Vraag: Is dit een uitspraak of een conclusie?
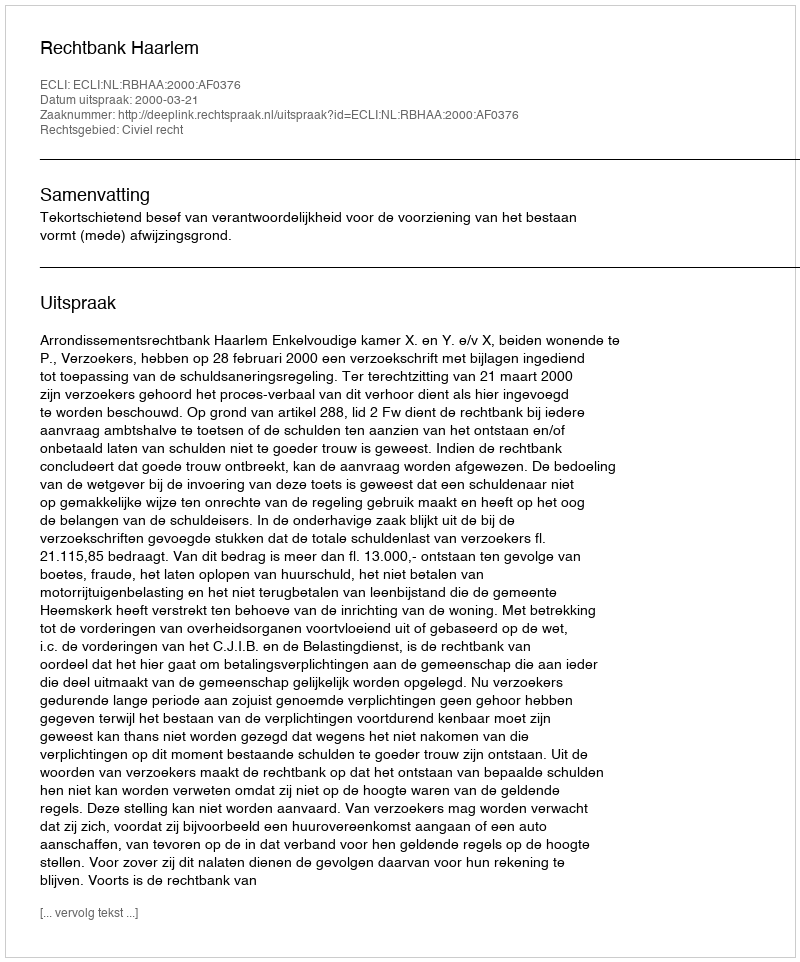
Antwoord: Uitspraak